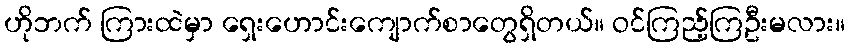
ဟိုဘက် ကြားထဲမှာ ရှေးဟောင်းကျောက်စာတွေရှိတယ်။ ဝင်ကြည့်ကြဦးမလား။